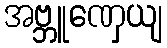
အဗ္ဘူဏှေယျ